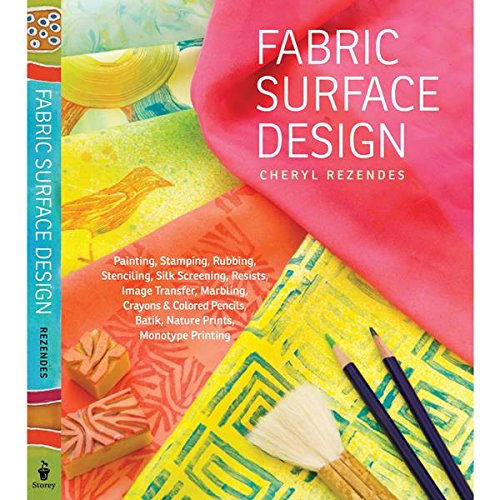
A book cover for Fabric Surface Design: Painting, Stamping, Rubbing, Stenciling, Silk Screening, Resists, Image Transfer, Marbling, Crayons & Colored Pencils, Batik, Nature Prints, Monotype Printing; Cheryl Rezendes; Crafts, Hobbies & Home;